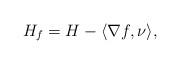
LaTeX: \begin{align*}H_f=H-\langle\nabla f,\nu\rangle,\end{align*}